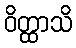
ဝိတ္ထာသိ